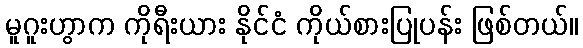
မူဂူးဟွာက ကိုရီးယား နိုင်ငံ ကိုယ်စားပြုပန်း ဖြစ်တယ်။